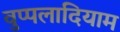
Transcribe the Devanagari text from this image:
वुप्पलादियाम